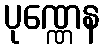
ပုဏ္ဏေန